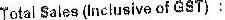
TOTAL SALES(INCLUSIVE OF GST) :